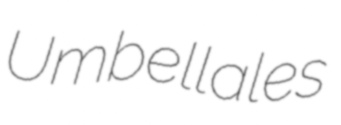
Umbellales